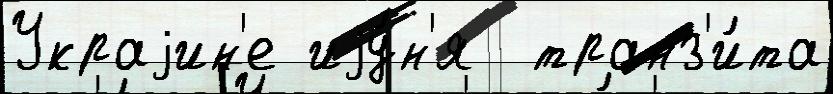
Украjин'е иjу́н'я  транз'и́та